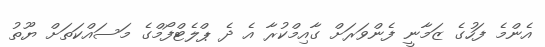
އެންމެ ފަހުގެ ޒަމާނީ ފެންވަރަށް ގާއިމްކުރާ އެ ދެ ޕްލެޓްފޯމްގެ މަސައްކަތަށް ޔޫތު